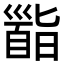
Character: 𩠜